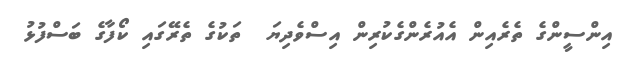
އިންސީންގެ ތެރެއިން އެއުރެންގެކުރިން އިސްވެދިޔަ  ތަކުގެ ތެރޭގައި ކޯފާގެ ބަސްފުޅު